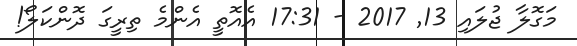
މަގޮލާ ޖުލައި 13